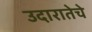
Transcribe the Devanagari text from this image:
उदारातेचे